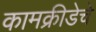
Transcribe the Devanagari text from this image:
कामक्रीडेचे